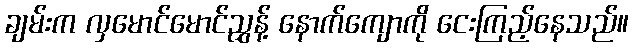
ချမ်းက လှမောင်မောင်ညွှန့် နောက်ကျောကို ငေးကြည့်နေသည်။